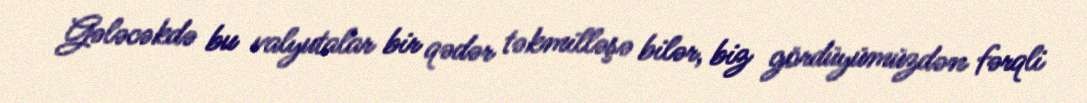
Gələcəkdə bu valyutalar bir qədər təkmilləşə bilər, biz gördüyümüzdən fərqli